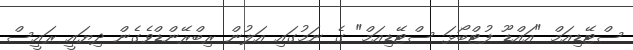
ސްޓޭޑިއަމް "އައްޑޫ ފުޓްބޯޅަ ސްޓޭޑިއަމް" ގެ ނަމުގައި އަލުން ރިބްރޭންޑްވެގެން ދިޔައީ ރައީސް